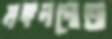
মঙ্গলপোতা